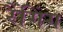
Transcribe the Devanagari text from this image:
रैंगिंग